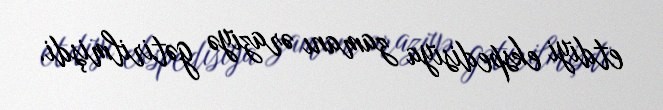
etdiyi ekspedisiya zamanı əraziyə gətirilmişdi.